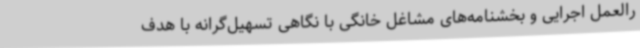
رالعمل اجرایی و بخشنامه‌های مشاغل خانگی با نگاهی تسهیل‌گرانه با هدف